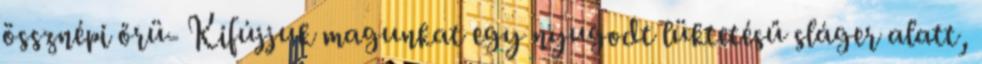
össznépi őrü- Kifújjuk magunkat egy nyugodt lüktetésű sláger alatt,